Indian Medical Review
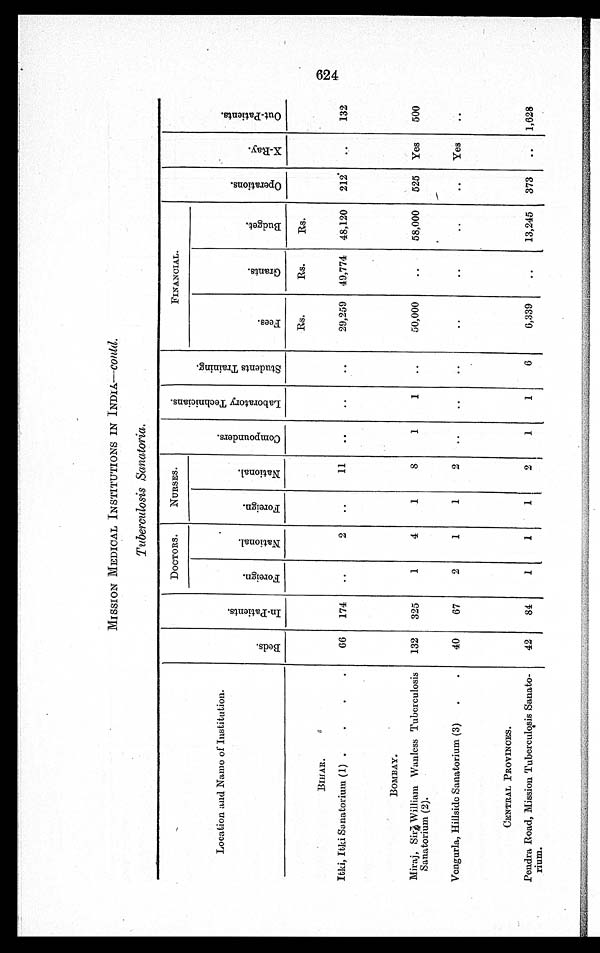
MISSION MEDICAL INSTITUTIONS IN INDIA— conld.
Tuberculosis Sanatoria.
Location and Name of institution.
B e d s .
I n - P a t i e n t s .
DOCTORS.
NURSES.
C o m p o u n d e r s .
L a b o r a t o r y T e c h n i c i a n s .
S t u d e n t s T r a i n i n g .
FINANCIAL.
O p e r a t i o n s .
X - R a y .
O u t - P a t i e n t s .
F o r e i g n .
N a t i o n a l .
F o r e i g n .
N a t i o n a l .
F e e s .
G r a n t s .
B u d g e t .
Rs.
Rs.
Rs.
BIHAR.
Itki, Itki Sanatorium (1)
66
174
2
11
29,259 49,774 48,120
212
132
BOMBAY.
Miraj, Sir William Wanless Tuberculosis
Sanatorium (2).
132
325
1
4
1
8
1
1
50,000
58,000
525 Yes
500
Vengurla, Hillside Sanatorium (3)
40
67
2
1
1
2
Yes
CENTRAL PROVINCES.
Pendra Road, Mission Tuberculosis Sanato-
rium.
42
84
1
1
1
2
1
1
6
6,339
13,245
373
1,628